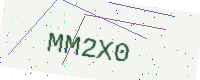
Text: MM2X0